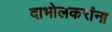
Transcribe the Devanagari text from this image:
दाभोलकरांना